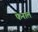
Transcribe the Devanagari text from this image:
फेनाल